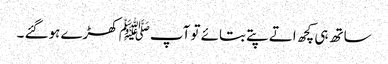
ساتھ ہی کچھ اتے پتے بتائے تو آپﷺ کھڑے ہوگئے ۔